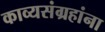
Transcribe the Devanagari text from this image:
काव्यसंग्रहांना